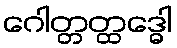
ဂေါတ္တတ္ထဒ္ဓေါ